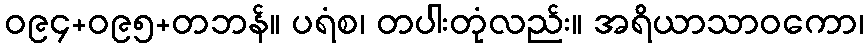
ဝ၉၄+ဝ၉၅+တဘန်။ ပရံစ၊ တပါးတုံလည်း။ အရိယာသာဝကော၊